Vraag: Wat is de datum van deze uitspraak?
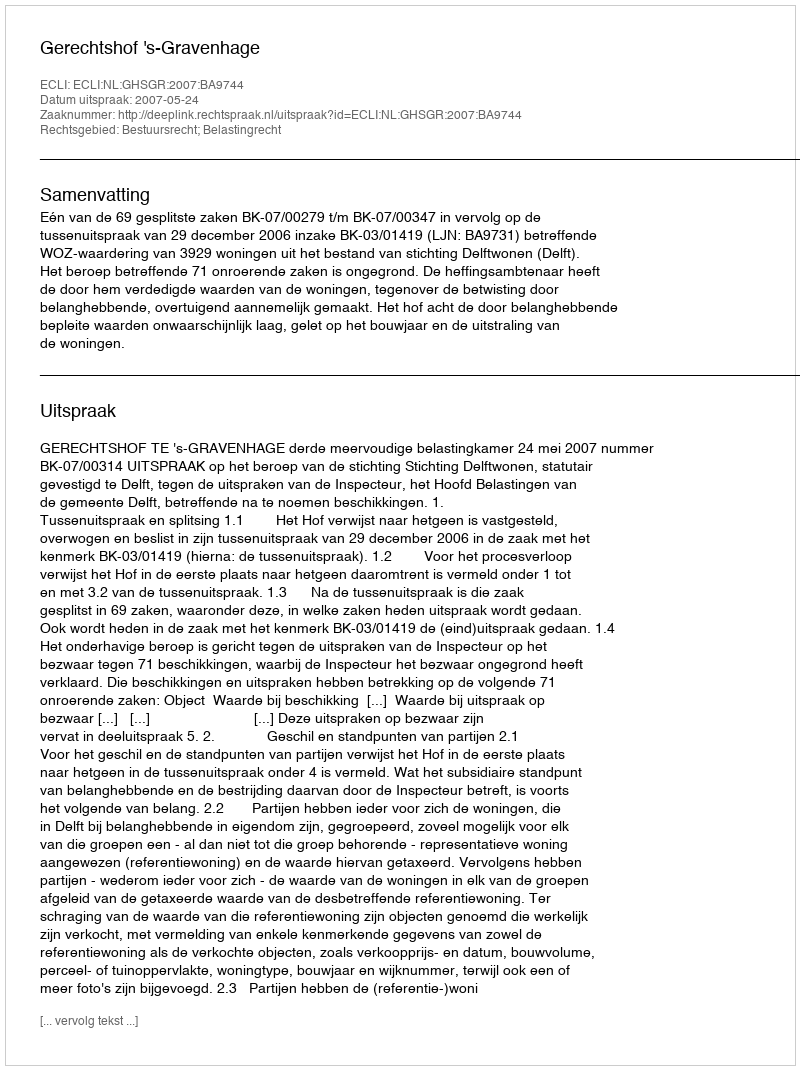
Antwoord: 2007-05-24